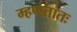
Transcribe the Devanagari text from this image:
म्हणतातः